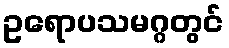
ဥရောပသမဂ္ဂတွင်